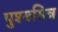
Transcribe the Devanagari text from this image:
पुश्यमित्र